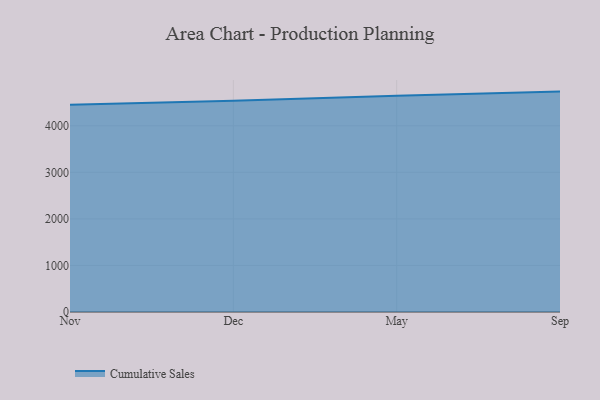
{"axis": {"x": "Month", "y": "Website Visitors"}, "legend": ["Cumulative Sales"], "data": [{"x": "Nov", "y": 4449.3, "type": "Cumulative Sales"}, {"x": "Dec", "y": 4536.2, "type": "Cumulative Sales"}, {"x": "May", "y": 4644.1, "type": "Cumulative Sales"}, {"x": "Sep", "y": 4733.4, "type": "Cumulative Sales"}]}